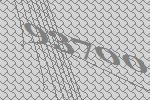
93700